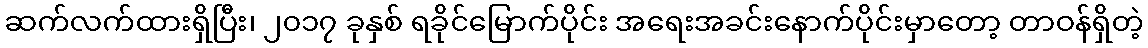
ဆက်လက်ထားရှိပြီး၊ ၂၀၁၇ ခုနှစ် ရခိုင်မြောက်ပိုင်း အရေးအခင်းနောက်ပိုင်းမှာတော့ တာဝန်ရှိတဲ့